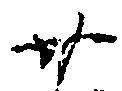
廿